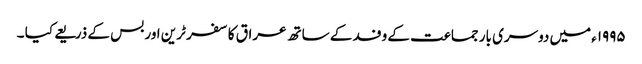
۱۹۹۵ء میں دوسری بار جماعت کے وفد کے ساتھ عراق کا سفر ٹرین اور بس کے ذریعے کیا ۔